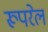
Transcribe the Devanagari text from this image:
रूपरेल